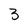
Character: 3